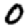
Digit: 0